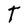
Character: T